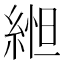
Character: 𬗥